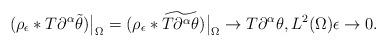
LaTeX: \begin{align*}(\rho_\epsilon*T{\partial^\alpha\tilde\theta})\big|_\Omega = ( \rho_\epsilon *\widetilde{ T\partial^\alpha\theta} )\big|_\Omega \rightarrow T\partial^\alpha\theta,L^2(\Omega) \epsilon\rightarrow 0.\end{align*}